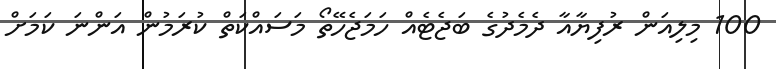
100 މިލިއަން ރުފިޔާއާ ދެމެދުގެ ބަޖެޓެއް ހަމަޖެހޭތޯ މަސައްކަތް ކުރަމުން އަންނަ ކަމަށް